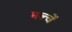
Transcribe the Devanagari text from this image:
मल्चें